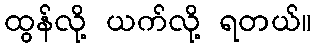
ထွန်လို့ ယက်လို့ ရတယ်။